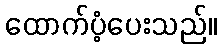
ထောက်ပံ့ပေးသည်။